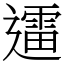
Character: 䢮